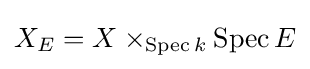
X_{E}=X\times _{\operatorname {Spec} k}{\operatorname {Spec} E}